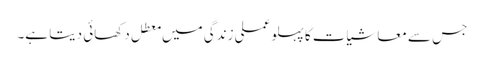
جس سے معاشیات کا پہلو عملی زندگی میں معطل دکھائی دیتا ہے۔